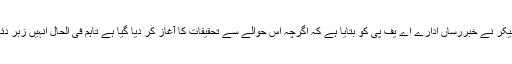
جرمن دفتر استغاثہ کے ترجمان سِلکے بیکر نے خبررساں ادارے اے یف پی کو بتایا ہے کہ اگرچہ اس حوالے سے تحقیقات کا آغاز کر دیا گیا ہے تاہم فی الحال انہیں زہر دئے جانے کا صرف امکان نظر آ رہا ہے۔